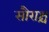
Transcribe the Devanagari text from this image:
सौराश्च